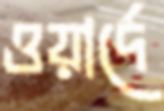
ওয়ার্দে